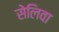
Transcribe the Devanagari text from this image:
सेलिवा